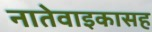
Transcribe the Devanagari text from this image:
नातेवाइकासह